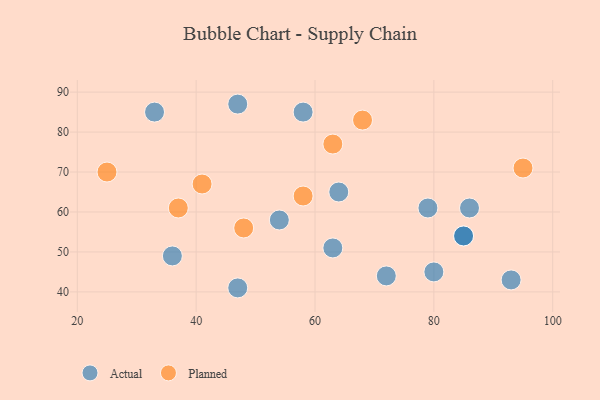
{"axis": {"x": "GDP", "y": "Life Expectancy"}, "legend": ["Actual", "Planned"], "data": [{"x": "93", "y": 43, "type": "Actual"}, {"x": "64", "y": 65, "type": "Actual"}, {"x": "85", "y": 54, "type": "Actual"}, {"x": "72", "y": 44, "type": "Actual"}, {"x": "86", "y": 61, "type": "Actual"}, {"x": "85", "y": 54, "type": "Actual"}, {"x": "63", "y": 51, "type": "Actual"}, {"x": "79", "y": 61, "type": "Actual"}, {"x": "36", "y": 49, "type": "Actual"}, {"x": "47", "y": 87, "type": "Actual"}, {"x": "54", "y": 58, "type": "Actual"}, {"x": "58", "y": 85, "type": "Actual"}, {"x": "33", "y": 85, "type": "Actual"}, {"x": "80", "y": 45, "type": "Actual"}, {"x": "47", "y": 41, "type": "Actual"}, {"x": "63", "y": 77, "type": "Planned"}, {"x": "58", "y": 64, "type": "Planned"}, {"x": "68", "y": 83, "type": "Planned"}, {"x": "41", "y": 67, "type": "Planned"}, {"x": "95", "y": 71, "type": "Planned"}, {"x": "48", "y": 56, "type": "Planned"}, {"x": "37", "y": 61, "type": "Planned"}, {"x": "25", "y": 70, "type": "Planned"}]}